Report on the working of the Ranchi Indian Mental Hospital, Kanke, in Bihar and Orissa - 1930-1940
Year: 1930
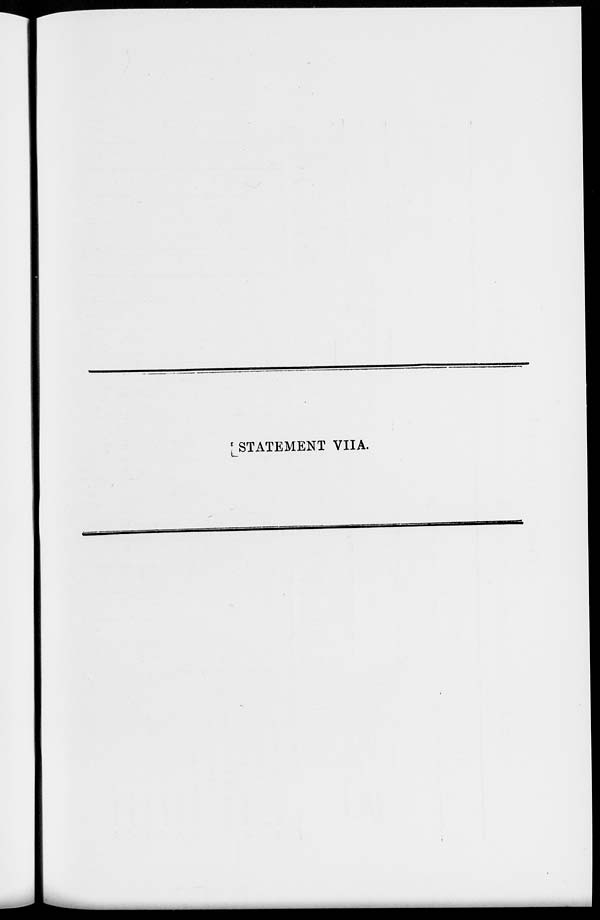
STATEMENT VIIA.